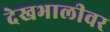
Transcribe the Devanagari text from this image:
देखभालीवर